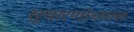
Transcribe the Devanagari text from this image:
सुधारणांच्यात